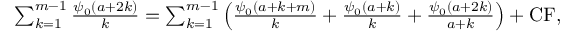
\begin{array} { r } { \! \! \! \! \! \! \! \! \! \! \! \! \! \! \! \! \! \! \! \! \sum _ { k = 1 } ^ { m - 1 } \frac { \psi _ { 0 } ( a + 2 k ) } { k } = \sum _ { k = 1 } ^ { m - 1 } \left( \frac { \psi _ { 0 } ( a + k + m ) } { k } + \frac { \psi _ { 0 } ( a + k ) } { k } + \frac { \psi _ { 0 } ( a + 2 k ) } { a + k } \right) + \mathrm { C F } , } \end{array}